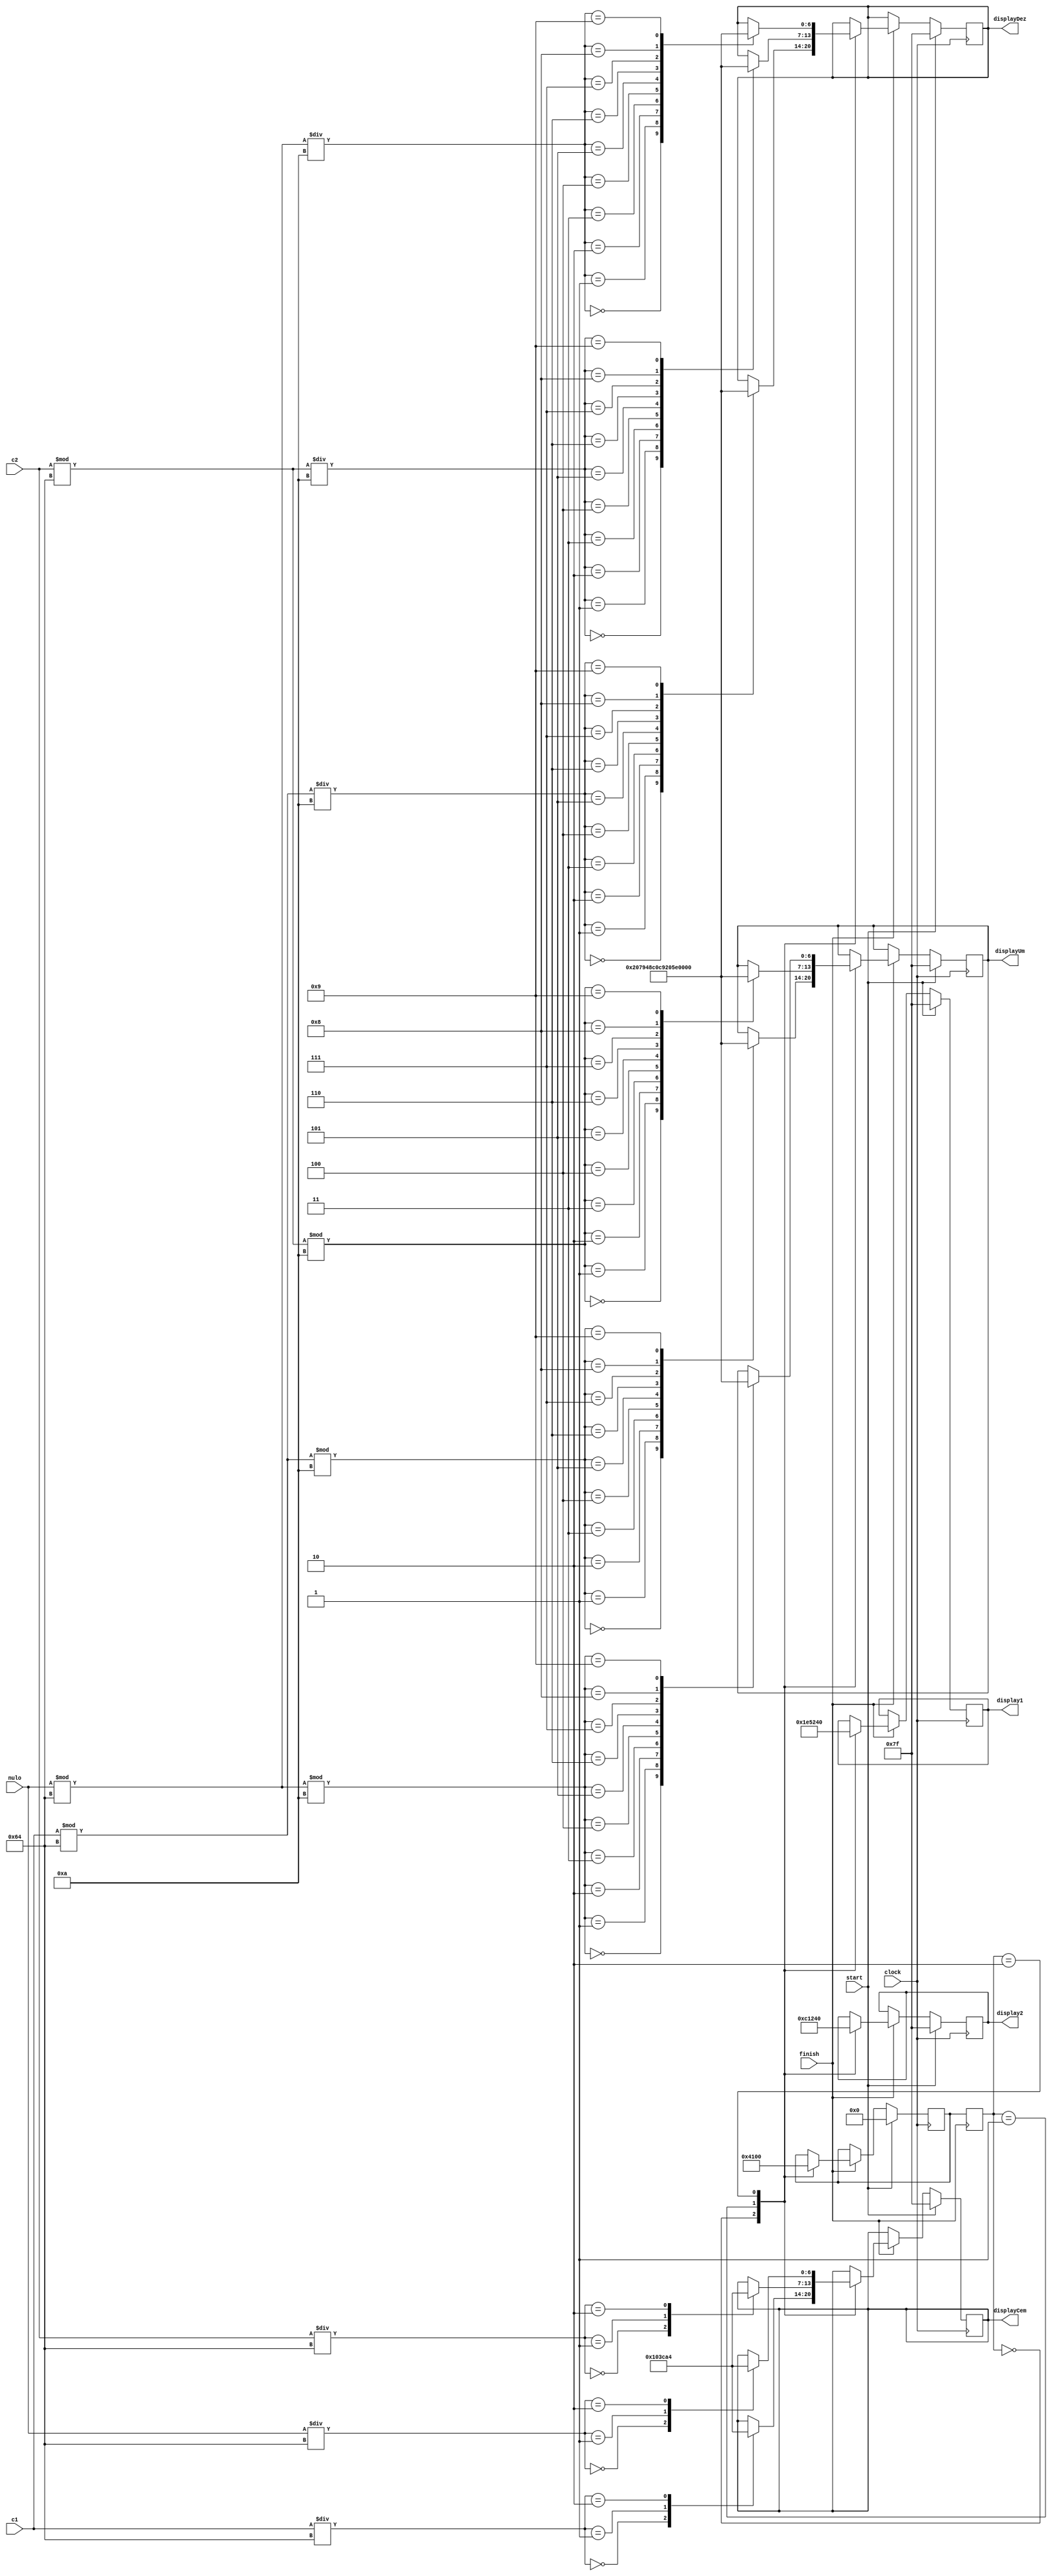
module Display2(
		input wire clock,
		input wire start,
		input wire finish,
		input wire [7:0] c1,
		input wire [7:0] c2,
		input	wire [7:0] nulo,	
		output reg [6:0] display1,
		output reg [6:0] display2,
		output reg [6:0] displayCem,
		output reg [6:0] displayDez,
		output reg [6:0] displayUm
);
	parameter S0 = 0; //LuLa;
	parameter S1 = 1; //Bozo;
	parameter S2 = 2; //Nulo;
	
	reg [6:0] next_state;
	reg [6:0] state;
	
	always @(posedge finish)
	begin
		if(finish)
			state = next_state;
	end
		
	always @(posedge clock)begin
		if(start)
		begin
			display1 <= 7'b1111111;
			display2 <= 7'b1111111;
			displayCem <= 7'b1111111;
			displayDez <= 7'b1111111;
			displayUm <= 7'b1111111;
			next_state = S0;
		end
		else if(finish)
		begin
		case(state)
		S0:
		begin
		//Exibio dos votos de Lula
		display1 <= 7'b1111001;
		display2 <= 7'b0110000;
					
					//Atribuio da centena
					case(c1 / 100)
						//Algarismos
						0: displayCem = 7'b1000000;
						1: displayCem = 7'b1111001;
						2: displayCem = 7'b0100100;
					endcase
					//Atribuio da dezena
					case((c1 % 100) / 10)
						//Algarismos
						0: displayDez = 7'b1000000;
						1: displayDez = 7'b1111001;
						2: displayDez = 7'b0100100;
						3: displayDez = 7'b0110000;
						4: displayDez = 7'b0011001;
						5: displayDez = 7'b0010010;
						6: displayDez = 7'b0000010;
						7: displayDez = 7'b1111000;
						8: displayDez = 7'b0000000;
						9: displayDez = 7'b0010000;
					endcase
					//Atribuio da unidade
					case((c1 % 100) % 10)
						//Algarismos
						0: displayUm = 7'b1000000;
						1: displayUm = 7'b1111001;
						2: displayUm = 7'b0100100;
						3: displayUm = 7'b0110000;
						4: displayUm = 7'b0011001;
						5: displayUm = 7'b0010010;
						6: displayUm = 7'b0000010;
						7: displayUm = 7'b1111000;
						8: displayUm = 7'b0000000;
						9: displayUm = 7'b0010000;
					endcase
					next_state = S1;
		end
		S1:
		begin
				//Exibio dos votos de Jair Genocida Bolsonaro
				display1 <= 7'b0100100;
				display2 <= 7'b0100100;
				
				//Atribuio da centena
				case(c2 / 100)
					//Algarismos
					0: displayCem = 7'b1000000;
					1: displayCem = 7'b1111001;
					2: displayCem = 7'b0100100;
				endcase
				//Atribuio da dezena
				case((c2 % 100) / 10)
					//Algarismos
					0: displayDez = 7'b1000000;
					1: displayDez = 7'b1111001;
					2: displayDez = 7'b0100100;
					3: displayDez = 7'b0110000;
					4: displayDez = 7'b0011001;
					5: displayDez = 7'b0010010;
					6: displayDez = 7'b0000010;
					7: displayDez = 7'b1111000;
					8: displayDez = 7'b0000000;
					9: displayDez = 7'b0010000;
				endcase
				//Atribuio da unidade
				case((c2 % 100) % 10)
					//Algarismos
					0: displayUm = 7'b1000000;
					1: displayUm = 7'b1111001;
					2: displayUm = 7'b0100100;
					3: displayUm = 7'b0110000;
					4: displayUm = 7'b0011001;
					5: displayUm = 7'b0010010;
					6: displayUm = 7'b0000010;
					7: displayUm = 7'b1111000;
					8: displayUm = 7'b0000000;
					9: displayUm = 7'b0010000;
				endcase
				next_state = S2;
			end
		S2:
			begin
				//Exibio dos votos anulados
				display1 <= 7'b1000000;
				display2 <= 7'b1000000; 
				
				//Atribuio da centena
				case(nulo / 100)
					//Algarismos
					0: displayCem = 7'b1000000;
					1: displayCem = 7'b1111001;
					2: displayCem = 7'b0100100;
				endcase
				//Atribuio da dezena
				case((nulo % 100) / 10)
					//Algarismos
					0: displayDez = 7'b1000000;
					1: displayDez = 7'b1111001;
					2: displayDez = 7'b0100100;
					3: displayDez = 7'b0110000;
					4: displayDez = 7'b0011001;
					5: displayDez = 7'b0010010;
					6: displayDez = 7'b0000010;
					7: displayDez = 7'b1111000;
					8: displayDez = 7'b0000000;
					9: displayDez = 7'b0010000;
				endcase
				//Atribuio da unidade
				case((nulo % 100) % 10)
					//Algarismos
					0: displayUm = 7'b1000000;
					1: displayUm = 7'b1111001;
					2: displayUm = 7'b0100100;
					3: displayUm = 7'b0110000;
					4: displayUm = 7'b0011001;
					5: displayUm = 7'b0010010;
					6: displayUm = 7'b0000010;
					7: displayUm = 7'b1111000;
					8: displayUm = 7'b0000000;
					9: displayUm = 7'b0010000;
				endcase
				next_state = S0;
				end
		endcase
		end
	end
endmodule